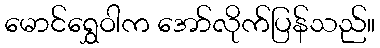
မောင်ရွှေဝါက အော်လိုက်ပြန်သည်။